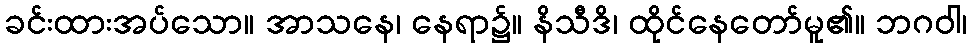
ခင်းထားအပ်သော။ အာသနေ၊ နေရာ၌။ နိသီဒိ၊ ထိုင်နေတော်မူ၏။ ဘဂဝါ၊